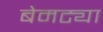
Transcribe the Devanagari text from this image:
बेमट्या